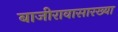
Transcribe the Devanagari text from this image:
बाजीरावासारख्या